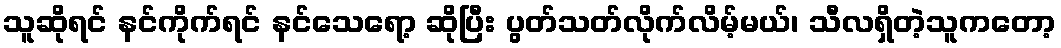
သူဆိုရင် နင်ကိုက်ရင် နင်သေရော့ ဆိုပြီး ပွတ်သတ်လိုက်လိမ့်မယ်၊ သီလရှိတဲ့သူကတော့